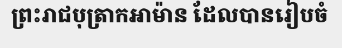
ព្រះរាជបុត្រាកអាម៉ាន ដែលបានរៀបចំ